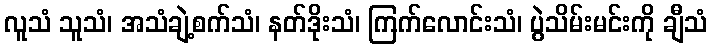
လူသံ သူသံ၊ အသံချဲ့စက်သံ၊ နတ်ဒိုးသံ၊ ကြက်လောင်းသံ၊ ပွဲသိမ်းမင်းကို ချီသံ